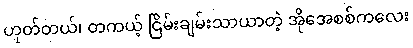
ဟုတ်တယ်၊ တကယ့် ငြိမ်းချမ်းသာယာတဲ့ အိုအေစစ်ကလေး